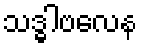
သဒ္ဓါဗလေန